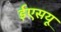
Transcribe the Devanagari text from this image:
ईएसयू